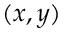
( x , y )